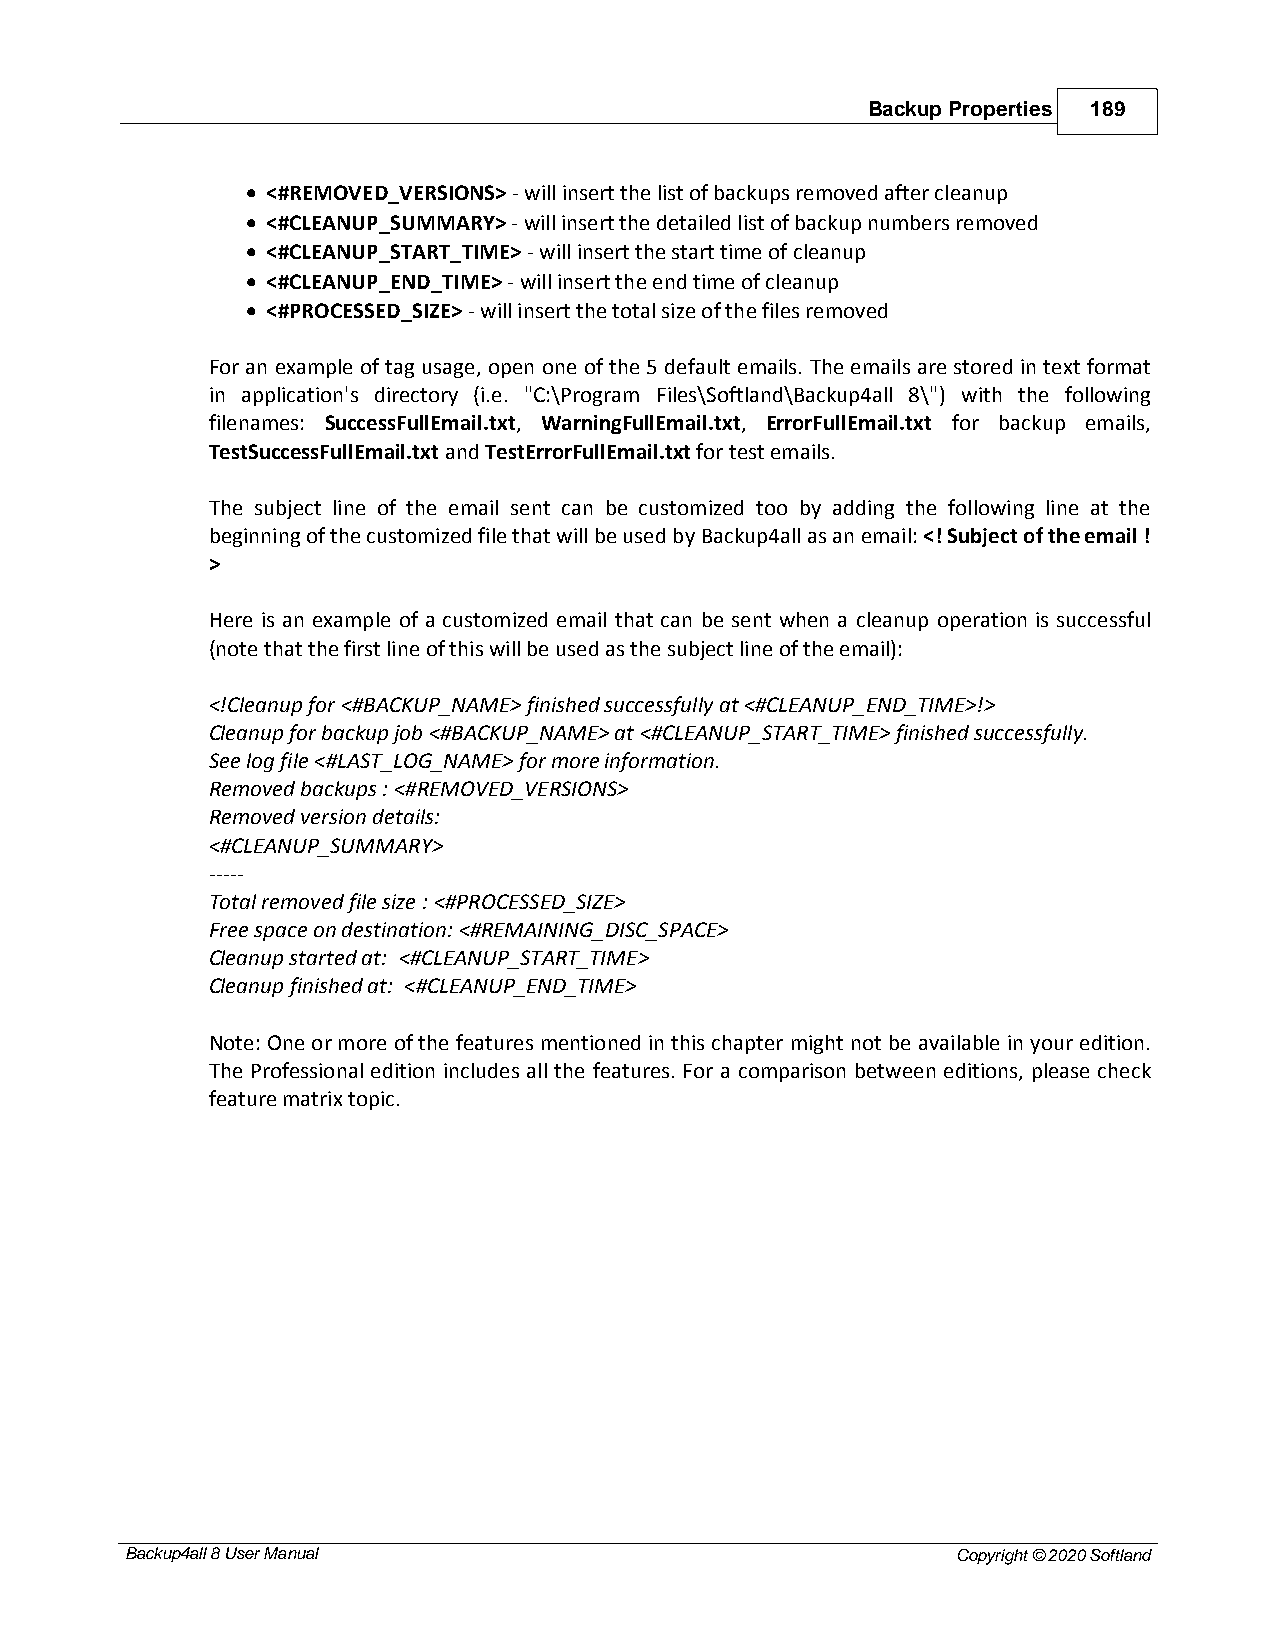
Backup Properties 189
 · <#REMOVED_VERSIONS> - will insert the list of backups removed after cleanup
 · <#CLEANUP_SUMMARY> - will insert the detailed list of backup numbers removed
 · <#CLEANUP_START_TIME> - will insert the start time of cleanup
 · <#CLEANUP_END_TIME> - will insert the end time of cleanup
 · <#PROCESSED_SIZE> - will insert the total size of the files removed
 For an example of tag usage, open one of the 5 default emails. The emails are stored in text format
 in application's directory (i.e. "C:\Program Files\Softland\Backup4all 8\") with the following
 filenames: SuccessFullEmail.txt, WarningFullEmail.txt, ErrorFullEmail.txt for backup emails,
 TestSuccessFullEmail.txt and TestErrorFullEmail.txt for test emails.
 The subject line of the email sent can be customized too by adding the following line at the
 beginning of the customized file that will be used by Backup4all as an email: <! Subject of the email !
 >
 Here is an example of a customized email that can be sent when a cleanup operation is successful
 (note that the first line of this will be used as the subject line of the email):
 <!Cleanup for <#BACKUP_NAME> finished successfully at <#CLEANUP_END_TIME>!>
 Cleanup for backup job <#BACKUP_NAME> at <#CLEANUP_START_TIME> finished successfully.
 See log file <#LAST_LOG_NAME> for more information.
 Removed backups : <#REMOVED_VERSIONS>
 Removed version details:
 <#CLEANUP_SUMMARY>
 -----
 Total removed file size : <#PROCESSED_SIZE>
 Free space on destination: <#REMAINING_DISC_SPACE>
 Cleanup started at: <#CLEANUP_START_TIME>
 Cleanup finished at: <#CLEANUP_END_TIME>
 Note: One or more of the features mentioned in this chapter might not be available in your edition.
 The Professional edition includes all the features. For a comparison between editions, please check
 feature matrix topic.
 Backup4all 8 User Manual                               Copyright © 2020 Softland